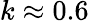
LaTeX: k\approx 0.6